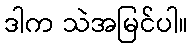
ဒါက သဲအမြင်ပါ။